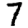
Digit: 7